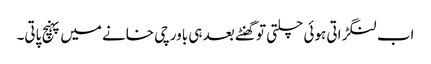
اب لنگڑاتی ہوئی چلتی تو گھنٹے بعد ہی باورچی خانے میں پہنچ پاتی۔